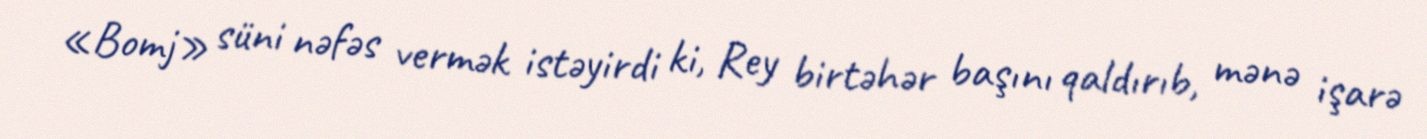
«Bomj» süni nəfəs vermək istəyirdi ki, Rey birtəhər başını qaldırıb, mənə işarə